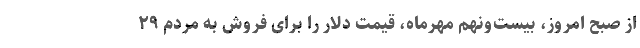
از صبح امروز، بیست‌ونهم مهرماه، قیمت دلار را برای فروش به مردم ۲۹